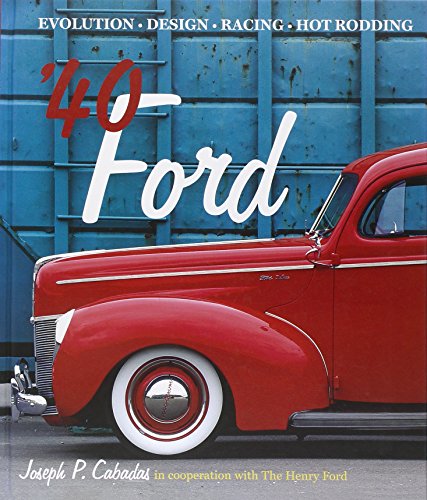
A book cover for '40 Ford: Evolution * Design * Racing * Hot Rodding; Joseph P. Cabadas; Crafts, Hobbies & Home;